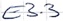
Text: E3.3